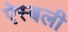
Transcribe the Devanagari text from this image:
ऐस्बली